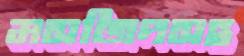
মসজিদসহ